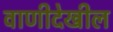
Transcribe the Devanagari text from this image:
वाणीदेखील